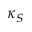
\kappa _ { S }